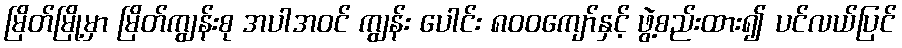
မြိတ်မြို့မှာ မြိတ်ကျွန်းစု အပါအဝင် ကျွန်း ပေါင်း ၈၀၀ကျော်နှင့် ဖွဲ့စည်းထား၍ ပင်လယ်ပြင်